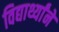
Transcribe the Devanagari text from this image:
विद्यार्थ्यांने